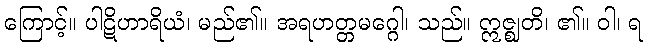
ကြောင့်။ ပါဋိဟာရိယံ၊ မည်၏။ အရဟတ္တမဂ္ဂေါ၊ သည်။ ဣဇ္ဈတိ၊ ၏။ ဝါ၊ ရ